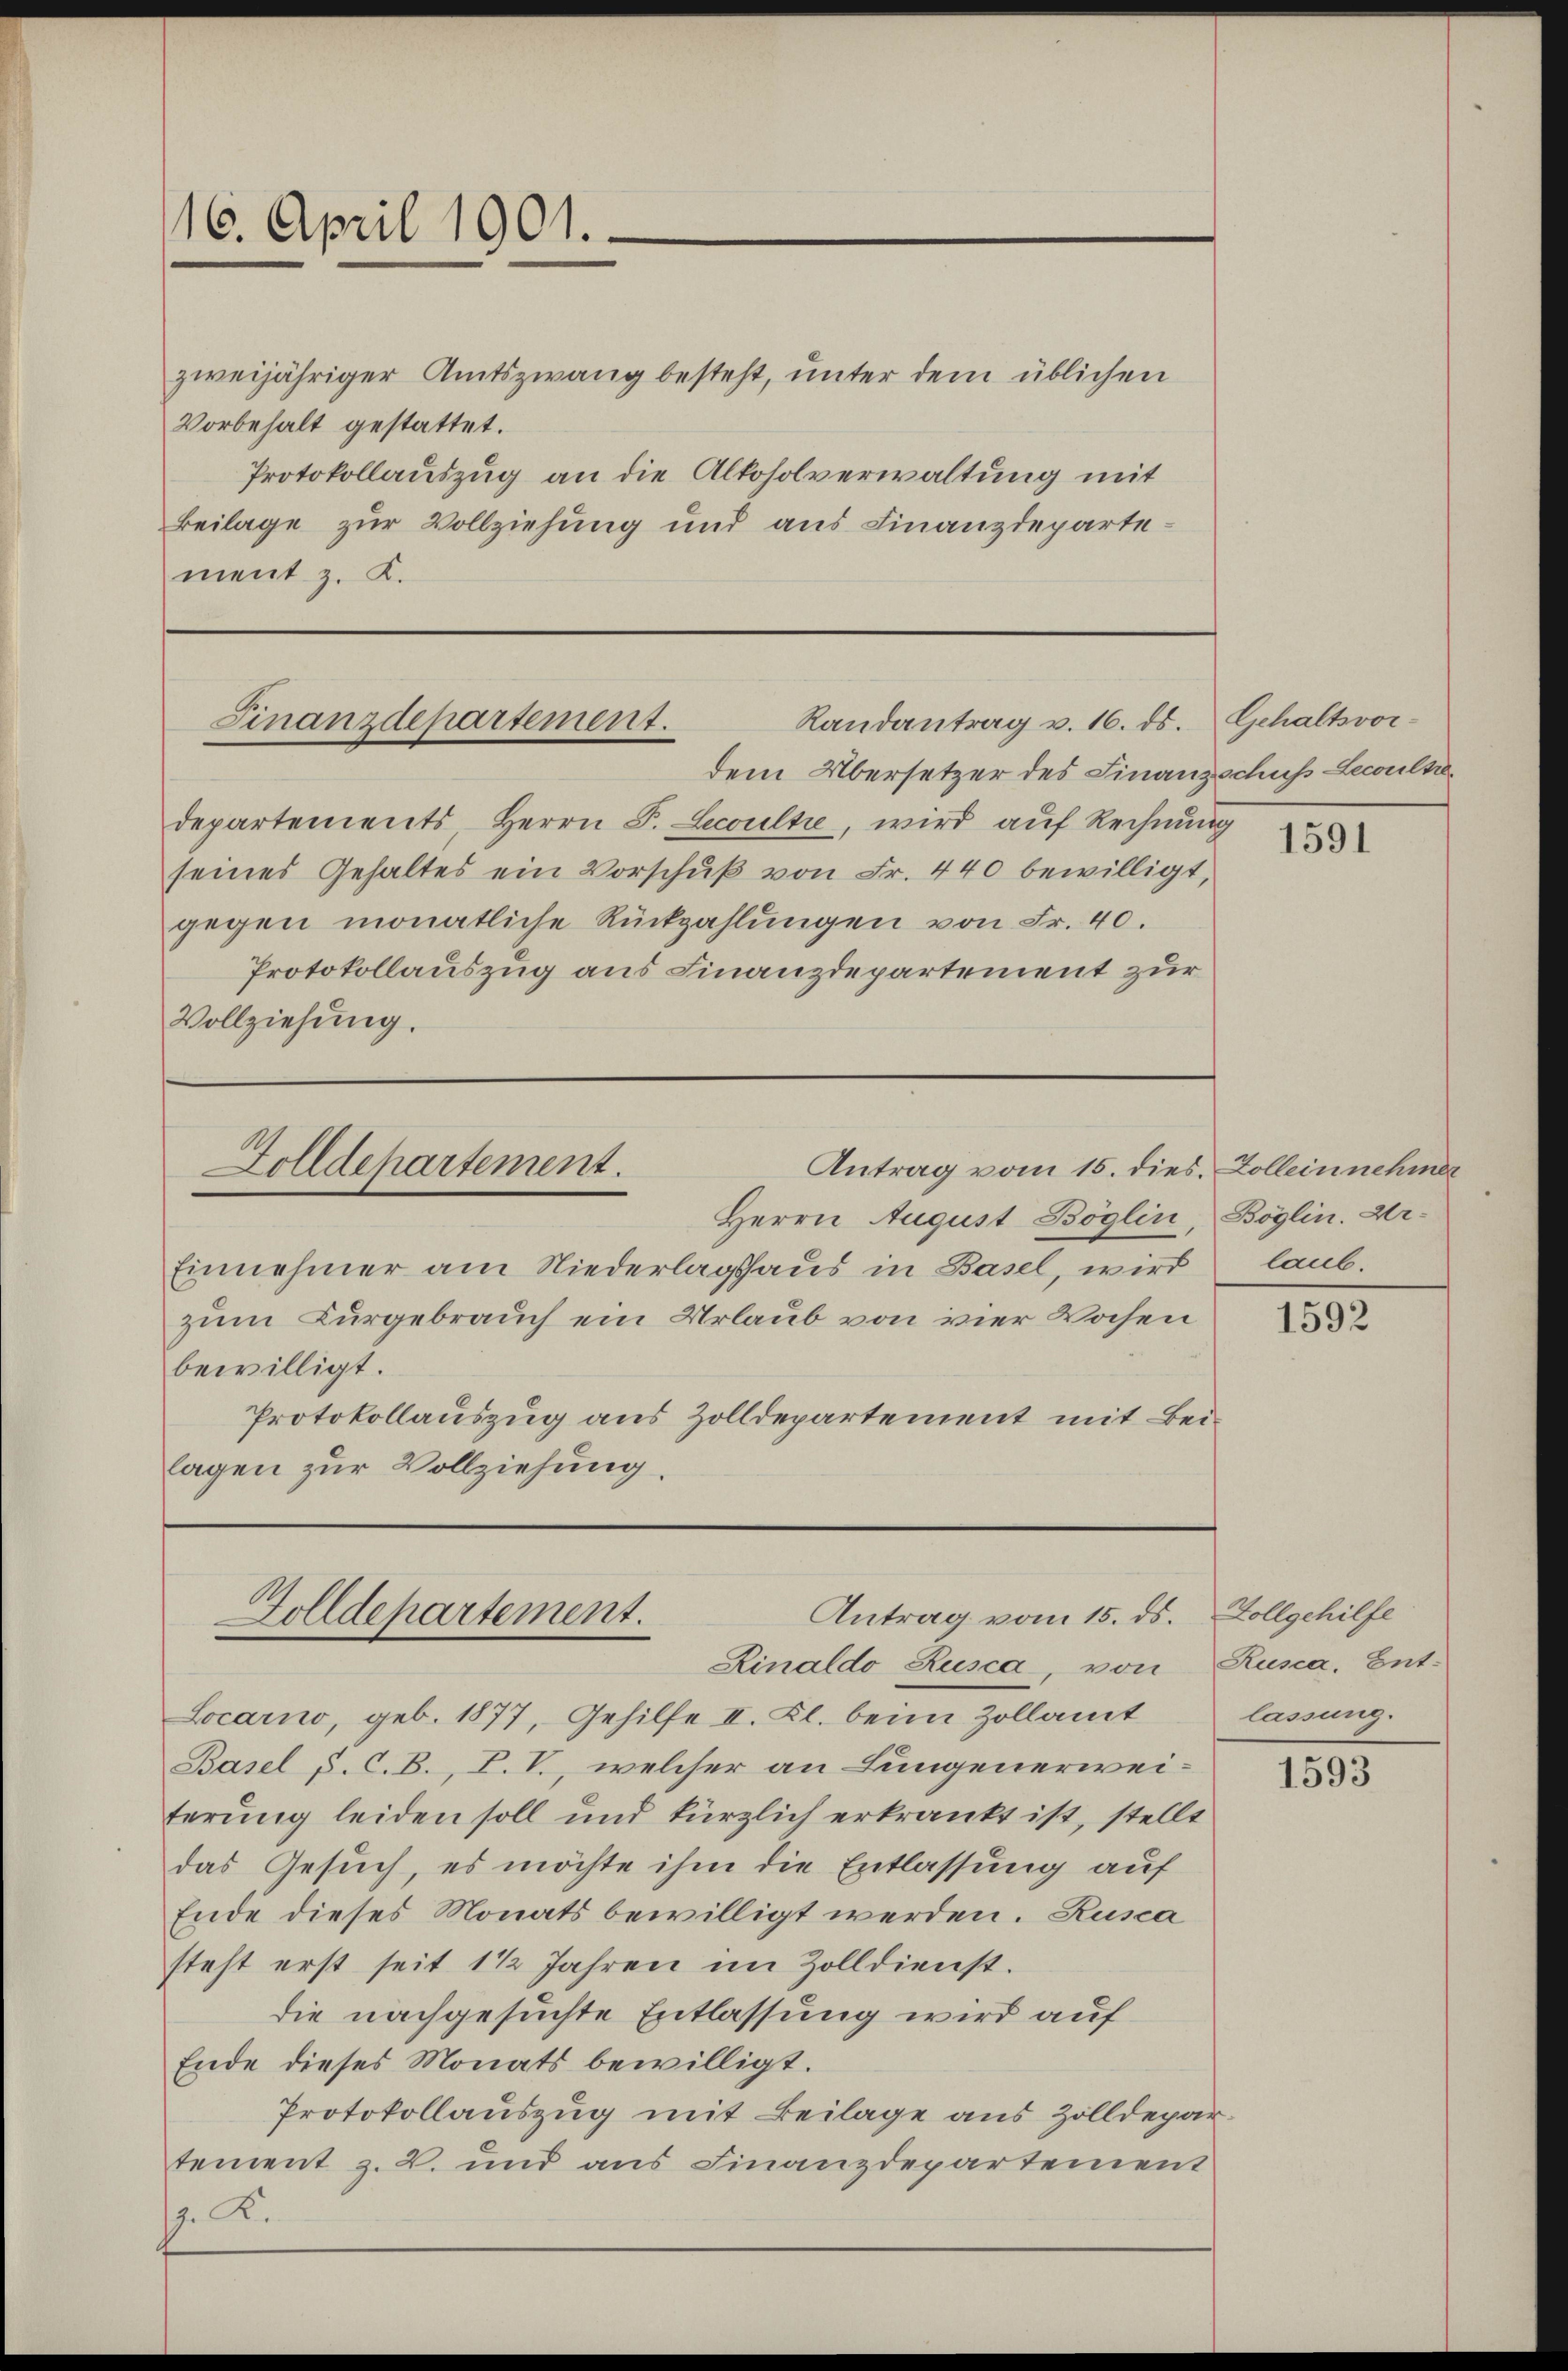
zweijähriger Amtszwang besteht, unter dem üblichen
Vorbehalt gestattet.
Protokollauszug an die Alkoholverwaltung mit
Beilage zur Vollziehung und aus Finanzdepartement z. K.

16. April 1901.

Randantrag v. 16. ds.
Finanzdepartement.

dem Übersetzer des Finanzschuss-Lecouls
departements, Herrn J. Lecoultie, wird auf Rechnung
seines Gehaltes ein Vorschŭβ von Fr. 440 bewilligt,
gegen monatliche Rückzahlungen von Fr. 40.
Protokollauszug aus Finanzdepartement zur
Vollziehung.

Einnehmer am Niederlagshaus in Basel, wird
zum Kurgebrauch ein Urlaub von vier Wochen
bewilligt.
Protokollauszug aus Zolldepartement mit Beilagen zur Vollziehung.

Zolldepartement.
Antrag vom 15. dies Zollein nehmer
Herrn August Böglin, Böglin. Ur¬

Antrag vom 15. ds.
Golldepartement.
Rinaldo Rusca, von

Locarno, geb. 1877, Gehilfe II. Kl. beim Zollamt
Basel s. C.B., P. V., welcher an Lungenerweiterung leiden soll und kürzlich erkrankt ist, stellt
das Gesuch, es möchte ihm die Entlassung auf
Ende dieses Monats bewilligt werden. Rusca
steht erst seit 1 1/2 Jahren im Zolldienst.
die nachgesuchte Entlassung wird auf
Ende dieses Monats bewilligt.
Protokollauszug mit Beilage aus Zolldepar
tement z. B. und aus Finanzdepartement
. K.

Gehaltsvor¬

1591

laub.

1592

Zollgehilfe
Rusca, Entlassung.

1593